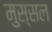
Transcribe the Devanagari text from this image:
मुस्सल